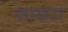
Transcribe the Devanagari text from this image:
काकार